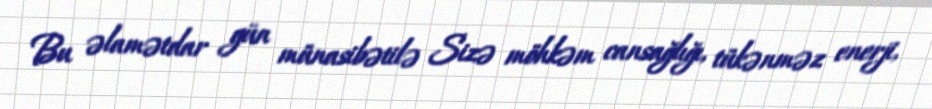
Bu əlamətdar gün münasibətilə Sizə möhkəm cansağlığı, tükənməz enerji,